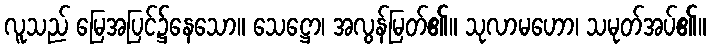
လူသည် မြေအပြင်၌နေသော။ သေဋ္ဌော၊ အလွန်မြတ်၏။ သုလာမဟော၊ သမုတ်အပ်၏။